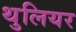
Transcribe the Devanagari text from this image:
थुलियर